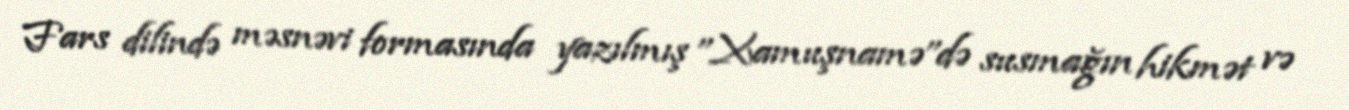
Fars dilində məsnəvi formasında yazılmış ''Xamuşnamə''də susmağın hikmət və